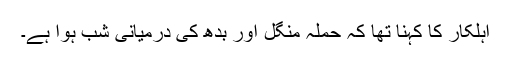
اہلکار کا کہنا تھا کہ حملہ منگل اور بدھ کی درمیانی شب ہوا ہے۔